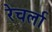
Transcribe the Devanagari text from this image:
रेचर्ला